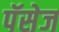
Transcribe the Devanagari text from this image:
पॅसेज